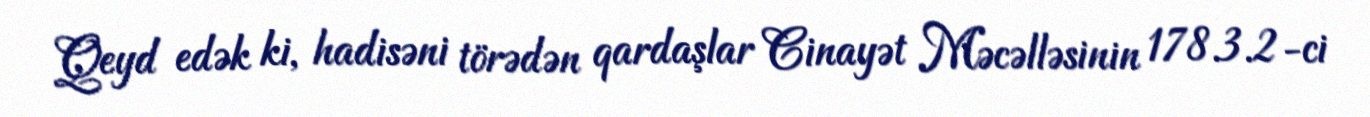
Qeyd edək ki, hadisəni törədən qardaşlar Cinayət Məcəlləsinin 178.3.2-ci